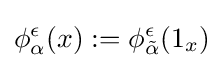
\phi _{\alpha }^{\epsilon }(x):=\phi _{\tilde {\alpha }}^{\epsilon }(1_{x})